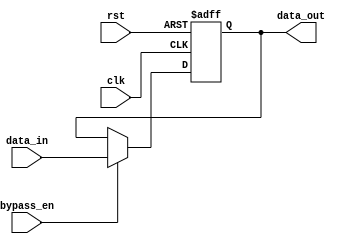
module timing_control_and_sync_variable_width_bypass_register (
    input wire clk,
    input wire rst,
    input wire bypass_en,
    input wire [31:0] data_in,
    output reg [31:0] data_out
);

reg [31:0] data_reg;

always @(posedge clk or negedge rst) begin
    if (!rst) begin
        data_reg <= 32'd0;
    end else begin
        if (bypass_en) begin
            data_reg <= data_in;
        end
    end
end

assign data_out = data_reg;

endmodule